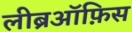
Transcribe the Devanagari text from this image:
लीब्रऑफ़िस